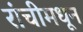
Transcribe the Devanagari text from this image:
रांचीमधून